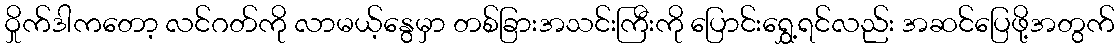
ဝှိုက်ဒါကတော့ လင်ဂတ်ကို လာမယ့်နွေမှာ တစ်ခြားအသင်းကြီးကို ပြောင်းရွှေ့ရင်လည်း အဆင်ပြေဖို့အတွက်